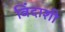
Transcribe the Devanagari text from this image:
विंदाशी